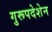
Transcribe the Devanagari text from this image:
गुरूपदेशेन